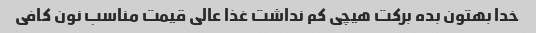
خدا بهتون بده برکت هیچی کم نداشت غذا عالی قیمت مناسب نون کافی